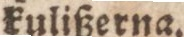
kulißerna.